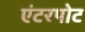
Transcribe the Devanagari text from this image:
एंटरपोट